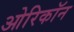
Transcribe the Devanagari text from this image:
ओरिकॉन